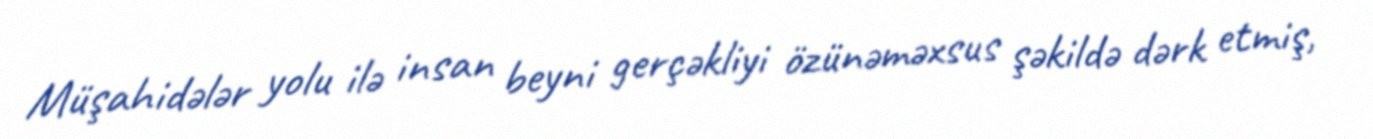
Müşahidələr yolu ilə insan beyni gerçəkliyi özünəməxsus şəkildə dərk etmiş,